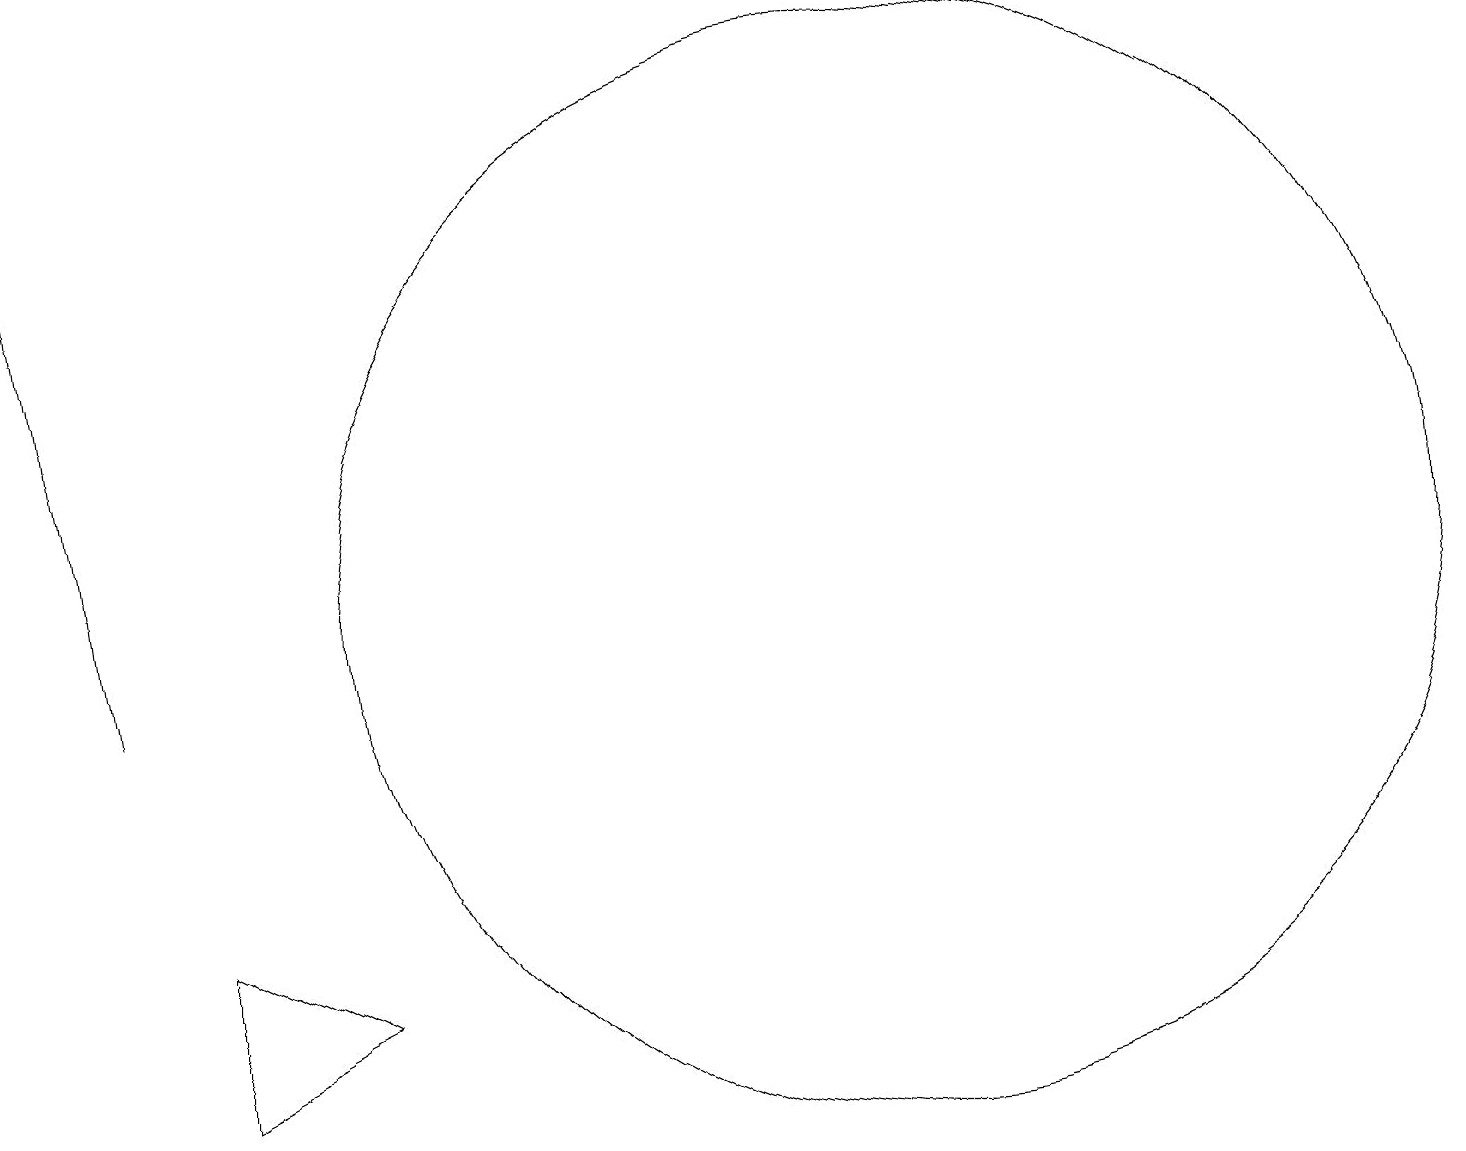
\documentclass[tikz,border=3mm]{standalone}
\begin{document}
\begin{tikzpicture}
\draw (3,7) -- (5,6) -- (3,5) -- cycle;
\draw[->] (2,10) -- (1,18);
\draw (12,11) circle (7);
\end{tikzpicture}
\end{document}